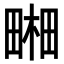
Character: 𤲭